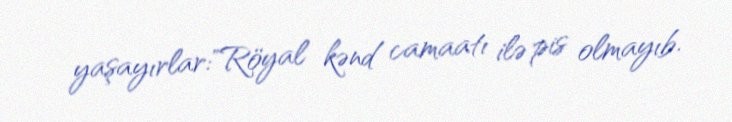
yaşayırlar:"Röyal kənd camaatı ilə pis olmayıb.